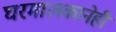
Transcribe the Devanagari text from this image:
घरमालकानेही